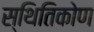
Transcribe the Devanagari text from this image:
स्थितिकोण